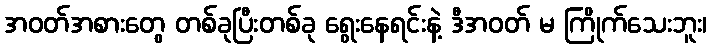
အဝတ်အစားတွေ တစ်ခုပြီးတစ်ခု ရွေးနေရင်းနဲ့ ဒီအဝတ် မ ကြိုက်သေးဘူး၊